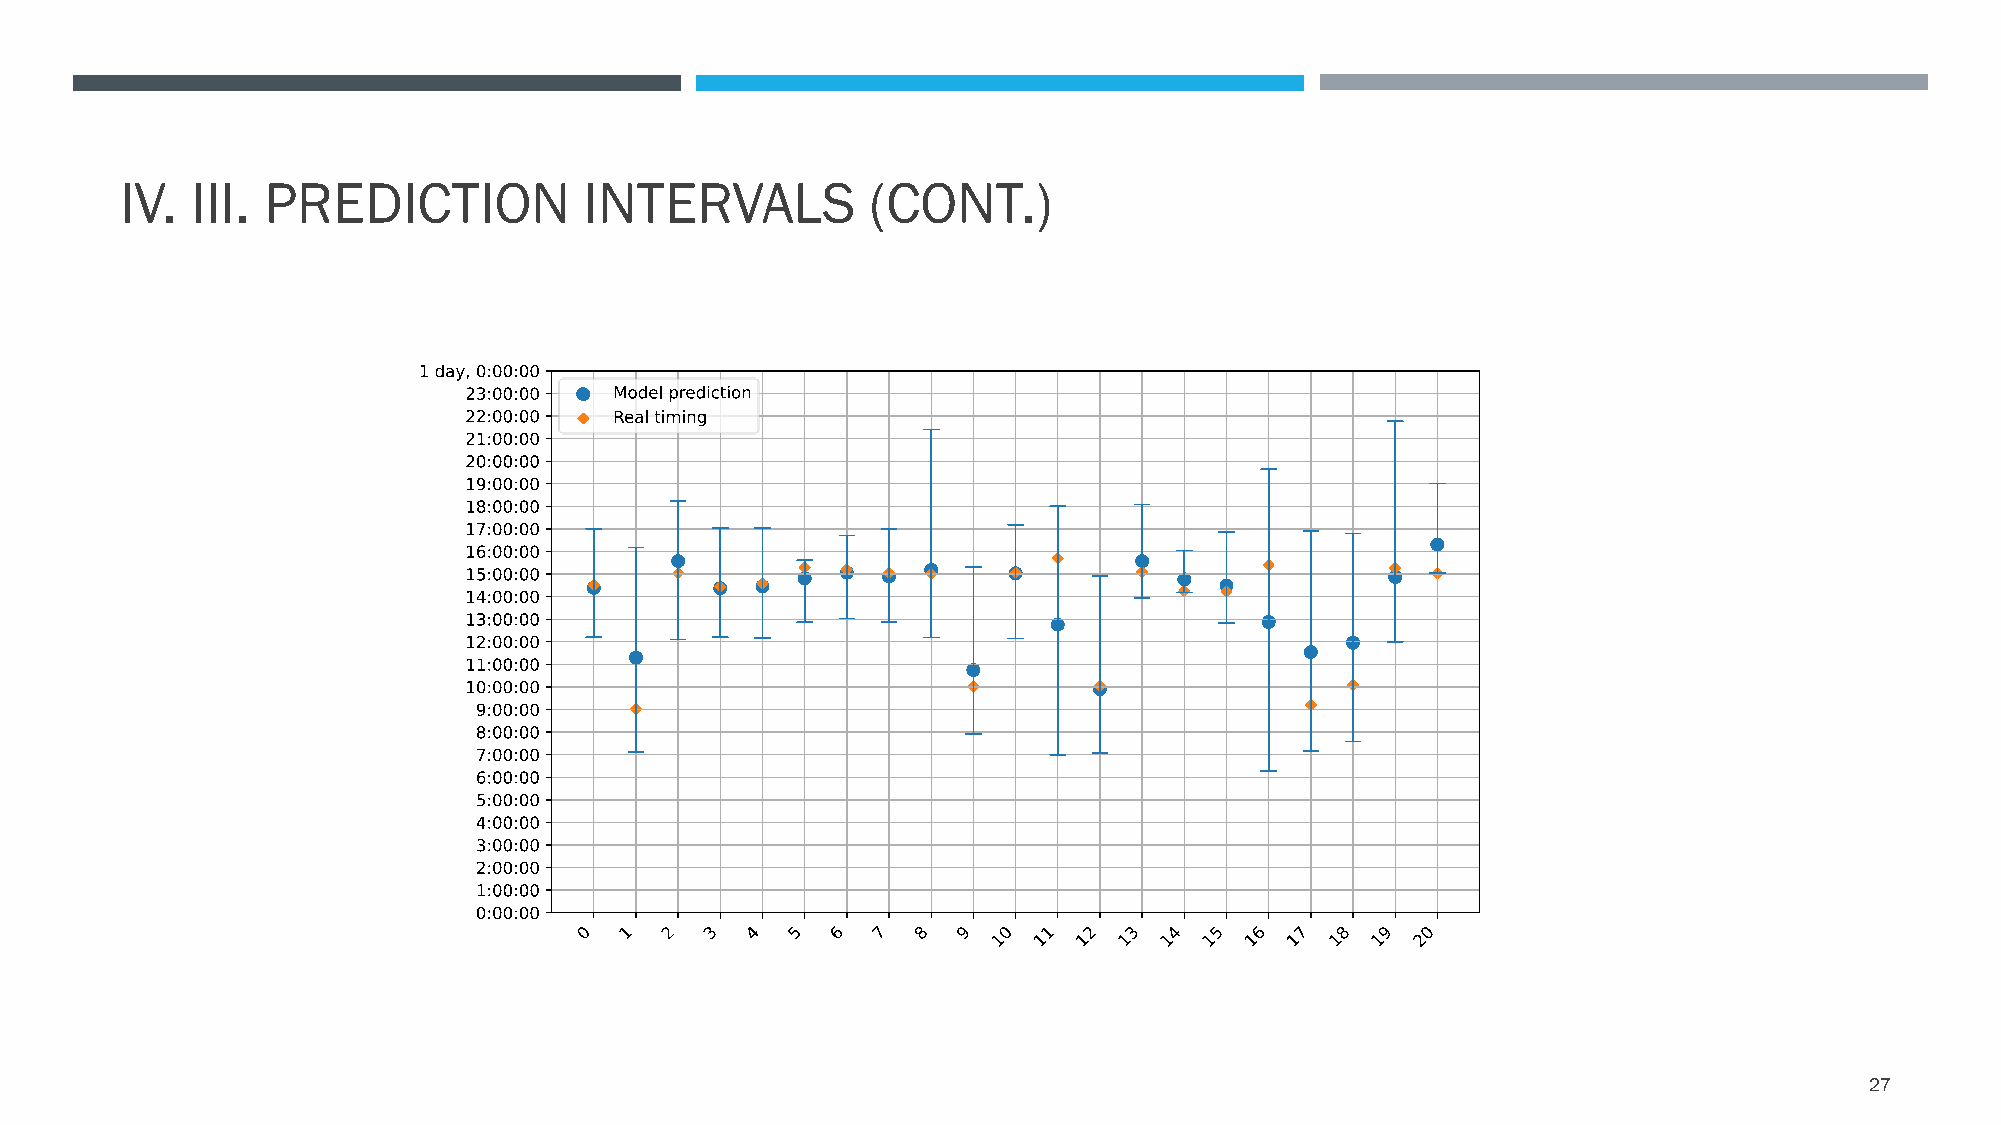
IV.  III. PREDICTION           INTERVALS          (CONT.)
 27